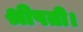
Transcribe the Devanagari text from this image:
श्रीपती।